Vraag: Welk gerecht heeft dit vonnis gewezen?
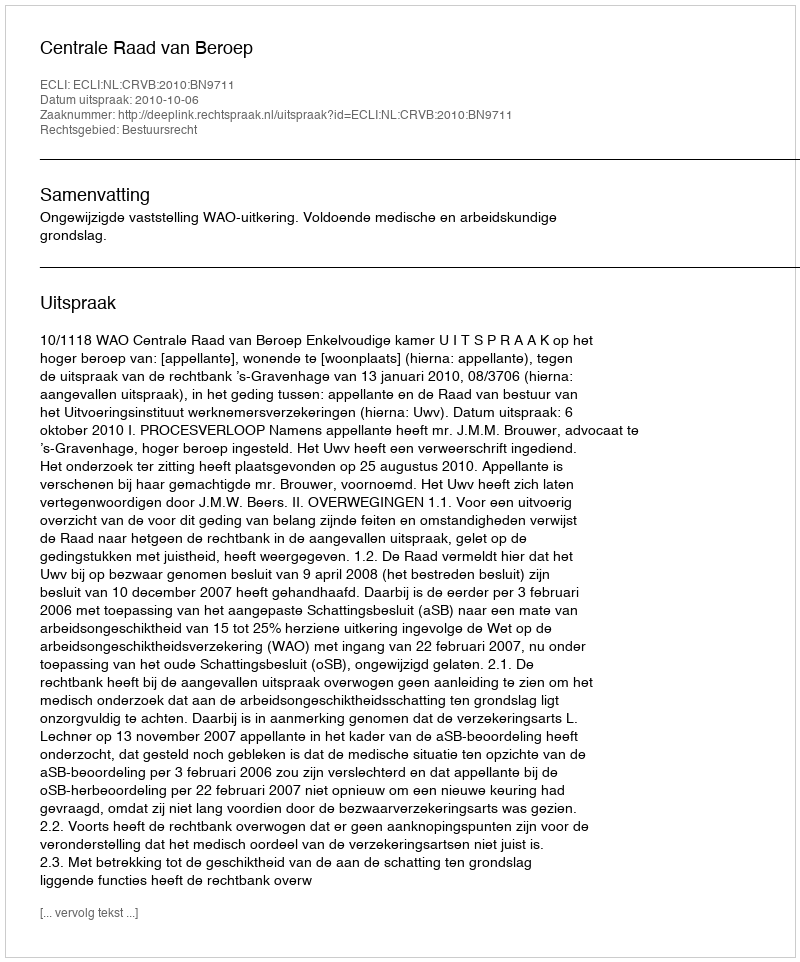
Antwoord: Centrale Raad van Beroep